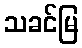
သခင်မြ